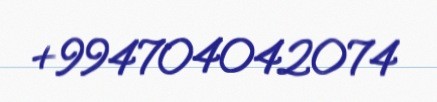
+994704042074